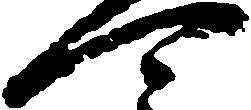
可